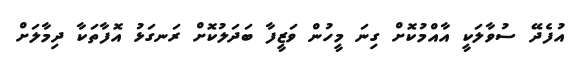
އުފެދޭ ސުވާލަކީ އާއްމުކޮށް ގިނަ މީހުން ވަޒީފާ ބަދަލުކޮށް ރަނގަޅު އޮފާތަކާ ދިމާލަށް